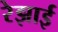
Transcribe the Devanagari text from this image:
रेझाई